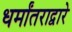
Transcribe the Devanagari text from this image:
धर्मांतराद्वारे